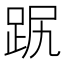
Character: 𧿻